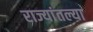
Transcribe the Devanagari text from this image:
राज्यांतल्या